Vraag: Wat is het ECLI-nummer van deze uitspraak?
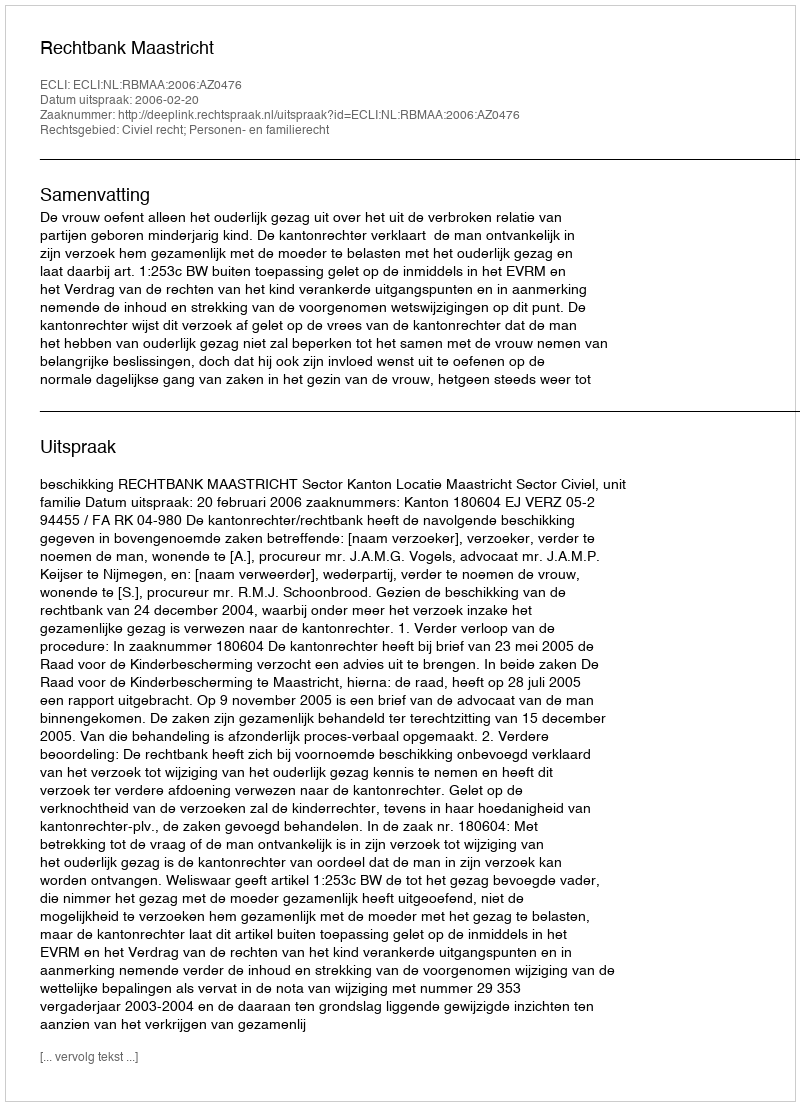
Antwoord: ECLI:NL:RBMAA:2006:AZ0476